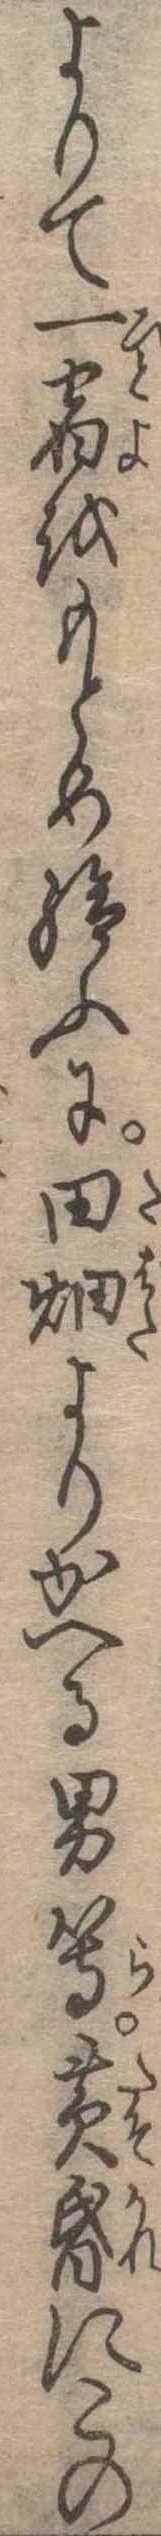
よりて一宿をもとめ給ふに田畑よりかへる男等黄昏にこの